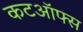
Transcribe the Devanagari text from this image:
कटऑफ्स